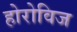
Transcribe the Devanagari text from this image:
होरोविज